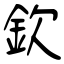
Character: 欽